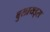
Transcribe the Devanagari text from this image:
बुलायड्स